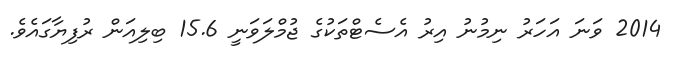
2014 ވަނަ އަހަރު ނިމުނު އިރު އެސެޓްތަކުގެ ޖުމްލަވަނީ 15.6 ބިލިއަން ރުފިޔާގައެވެ.